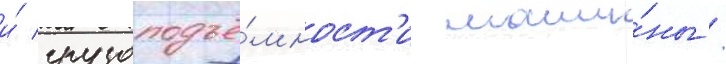
и́ грузоподъё́мност'и маши́ны /